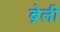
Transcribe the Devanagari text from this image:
ब्रेली